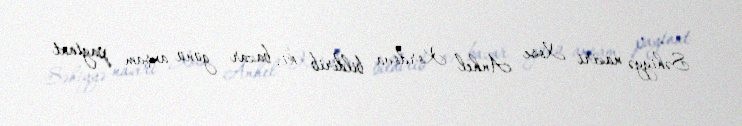
Səhiyyə naziri Xose Anhel Kordova bildirib ki, bazar günü axşam paytaxt